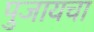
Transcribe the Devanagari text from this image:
पुजायचा